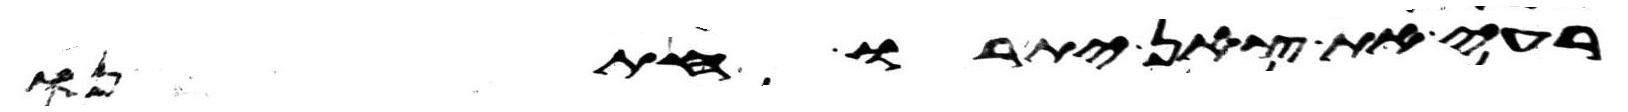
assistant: רעה את צאן יתרו חתנו